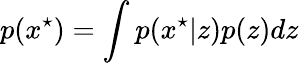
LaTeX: p(x^{\star})=\int_{}p(x^{\star}|z)p(z)dz